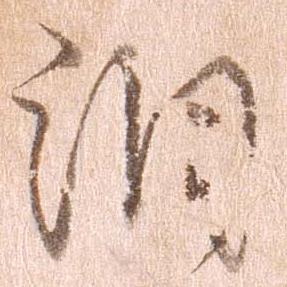
潤